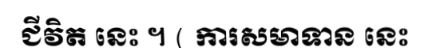
ជីវិត នេះ ។ ( ការសមាទាន នេះ